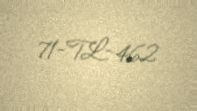
71-TL-462